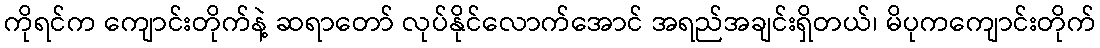
ကိုရင်က ကျောင်းတိုက်နဲ့ ဆရာတော် လုပ်နိုင်လောက်အောင် အရည်အချင်းရှိတယ်၊ မိပုကကျောင်းတိုက်